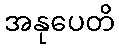
အနုပေတိ